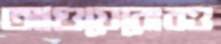
আগুয়েরোরও